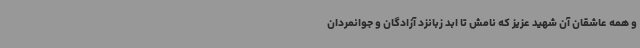
و همه عاشقان آن شهید عزیز که نامش تا ابد زبانزد آزادگان و جوانمردان